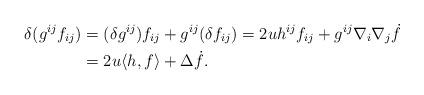
LaTeX: \begin{align*} \delta(g^{ij}f_{ij}) &= (\delta g^{ij})f_{ij} + g^{ij}(\delta f_{ij}) = 2uh^{ij}f_{ij} + g^{ij}\nabla_i\nabla_j\dot f \\&= 2u \langle h, f \rangle + \Delta\dot f.\end{align*}